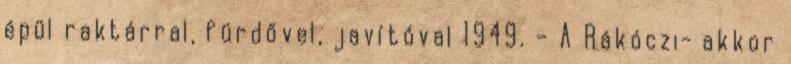
épül raktárral, fürdővel, javítóval 1949. – A Rákóczi- akkor